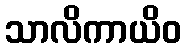
သာလိကာယိဝ